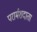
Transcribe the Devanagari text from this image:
परार्मशदाता